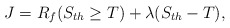
\begin{align*}J=R_f( S_{th}\geq T)+\lambda(S_{th}-T),\end{align*}